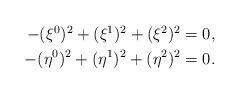
LaTeX: \begin{align*} \begin{aligned} -(\xi^0)^2+(\xi^1)^2+(\xi^2)^2&=0,\\ -(\eta^0)^2+(\eta^1)^2+(\eta^2)^2&=0. \end{aligned}\end{align*}